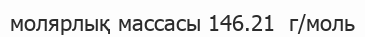
молярлық массасы 146.21  г/моль